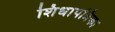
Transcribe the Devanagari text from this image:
शिधापत्रिका